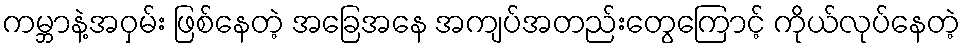
ကမ္ဘာနဲ့အဝှမ်း ဖြစ်နေတဲ့ အခြေအနေ အကျပ်အတည်းတွေကြောင့် ကိုယ်လုပ်နေတဲ့